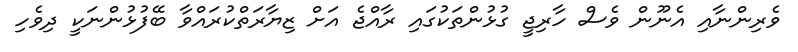
ވެރިންނާއި އެނޫން ވެސް ހާރިޖީ ގުޅުންތަކުގައި ރާއްޖެ އަށް ޒިޔާރަތްކުރައްވާ ބޭފުޅުންނަކީ ދިވެހި